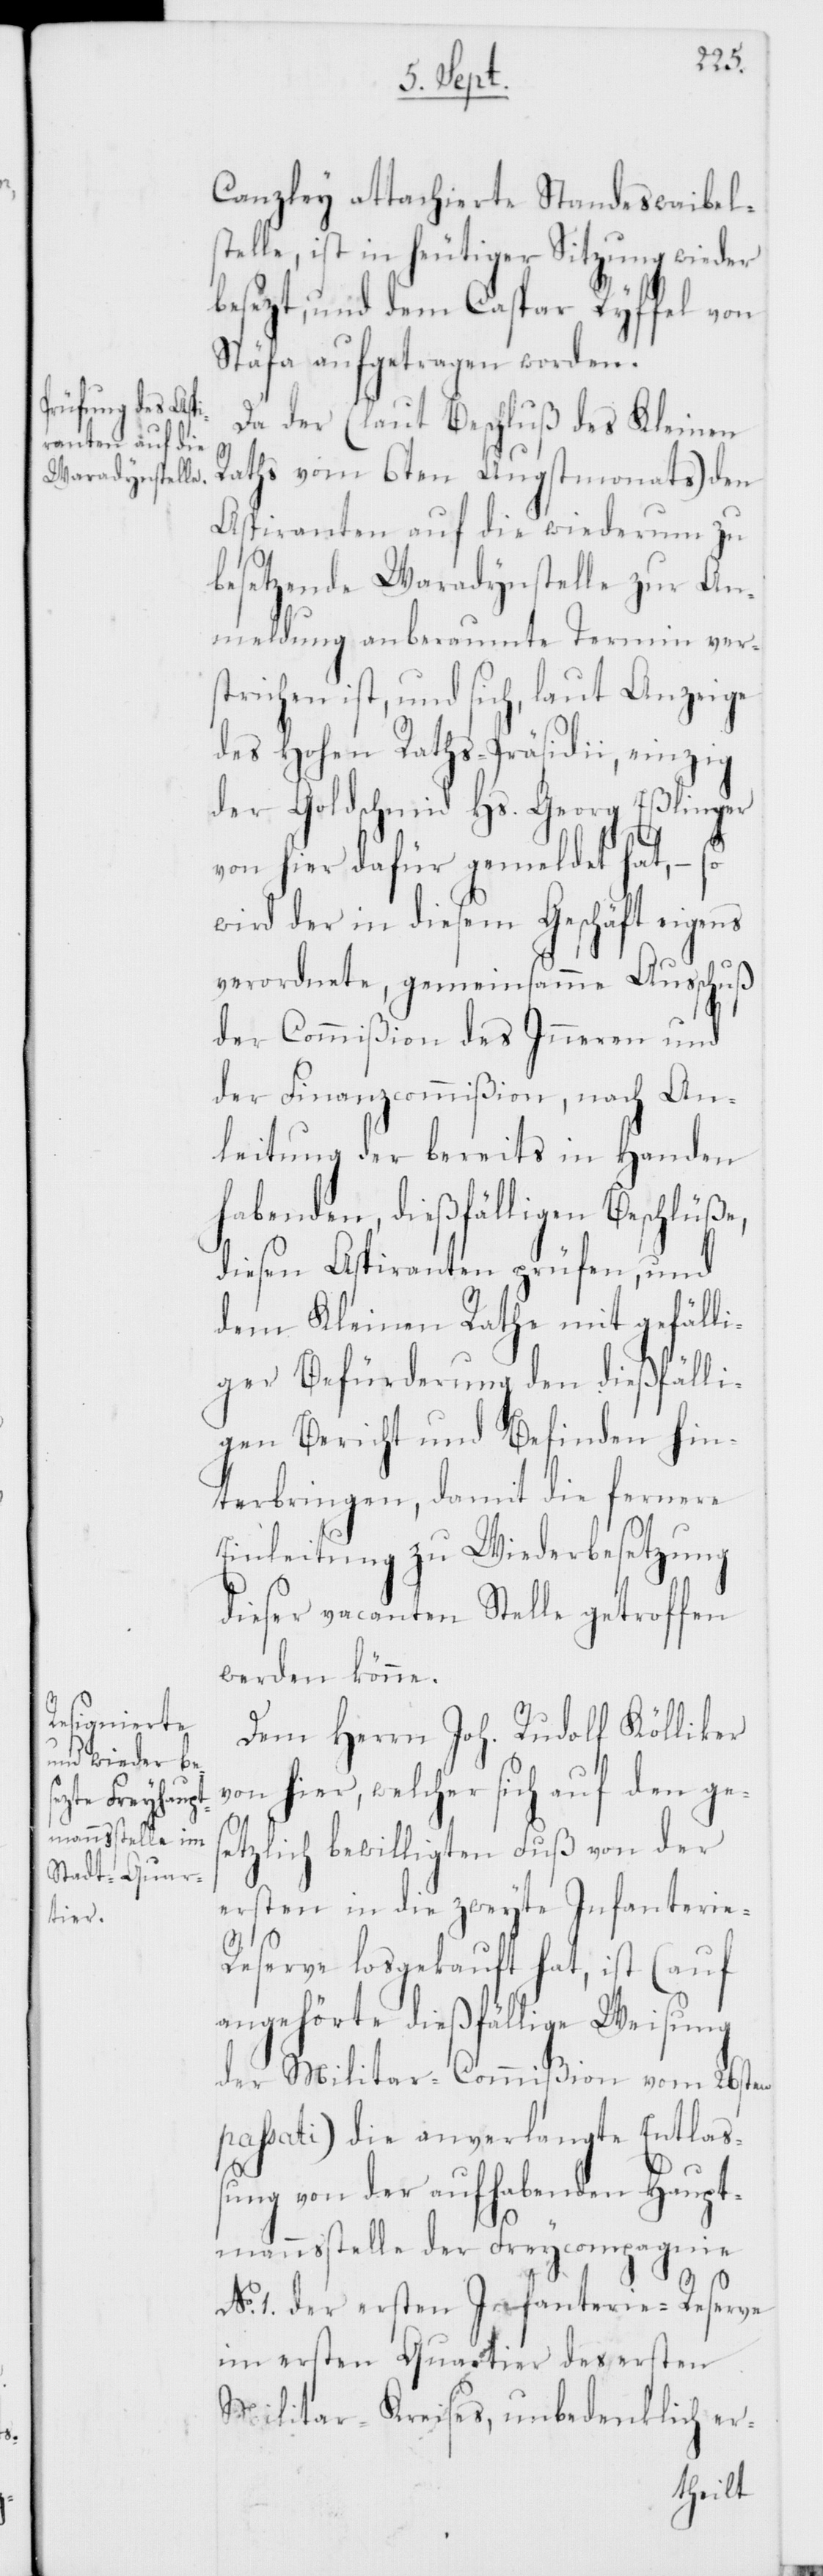
Canzley attachierte Standeswaibel¬
stelle, ist in heutiger Sitzung wieder
besezt, und dem Caspar Ryffel von
Stäfa aufgetragen worden.
Da der (laut Beschluß des Kleinen
Raths vom 6ten Augstmonats) den
Aspiranten auf die wiederum zu
besetzende Waradynstelle zur An¬
meldung anberaumte Termin vers¬
trichen ist, und sich, laut Anzeige
des Hohen Raths-Präsidii, einzig
der Goldschmied Hs. Georg Eßlinger
von hier dafür gemeldet hat, – so
wird der in diesem Geschäft eigens
verordnete gemeinsamme Ausschuß
der Commißion des Inneren und
der Finanzcommißion, nach An¬
leitung der bereits in Handen
habenden, dießfälligen Beschlüße,
diesen Aspiranten prüfen, und
dem Kleinen Rathe mit gefälli¬
ger Befürderung den dießfälli¬
gen Bericht und Befinden hin¬
terbringen, damit die fernere
Einleitung zu Wiederbesetzung
dieser vacanten Stelle getroffen
werden könne.
Dem Herrn Joh. Rudolf Kölliker
von hier, welcher sich auf den ges¬
etzlich bewilligten Fuß von der
ersten in die zweyte Infanterie-R¬
eserve losgekauft hat, ist (auf
angehörte dießfällige Weisung
der Militar-Commißion vom 26sten
passati) die anverlangte Entlaß¬
ung von der aufhabenden Haupt¬
mannsstelle der Freycompagnie
No 1. der ersten Infanterie-Reserve
im ersten Quartier des ersten
Militar-Kreises, unbedenklich er-